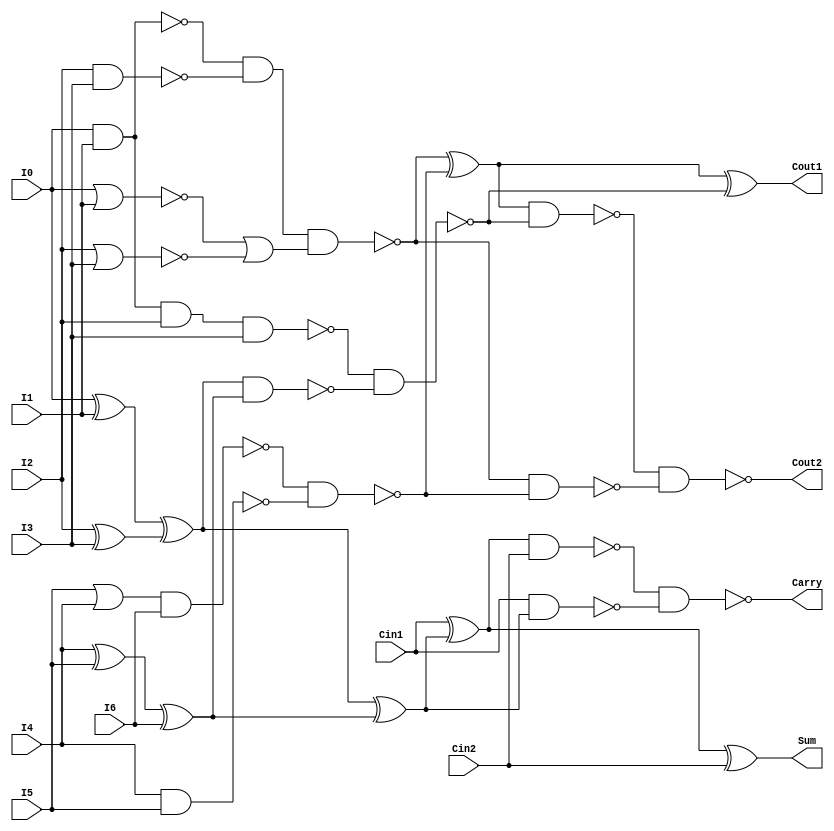
`timescale 1ns / 1ps

module ele7to2(I0, I1, I2, I3, I4, I5, I6, Cin1, Cin2, Cout1, Cout2, Sum, Carry);
    input I0, I1, I2, I3, I4, I5, I6, Cin1, Cin2;
    output Cout1, Cout2, Sum, Carry;
    wire w1, w2, w3, w4, w5, w6, w7, w8, w9, w10, w11, w12, w13, w14, w15, w16, w17, w18, w19, w20, PA, PB, S, A, B, C, D;
    
    assign w1 = I0^I1;                  //1
    assign w2 = I2^I3;                  //2
    assign PA = w1^w2;                  //3
    assign w3 = I4^I5;                  //4
    assign PB = w3^I6;                  //5
    assign S = PA^PB;                   //6
    assign w4 = Cin1^S;                 //7
    assign Sum = w4^Cin2;               //8  
    
    assign w5 = Cin1^S;                 //9
    assign w6 = ~(w5&Cin2);             //10
    assign w7 = ~(Cin1&S);              //11
    assign Carry = ~(w6&w7);            //12
    
    assign w15 = ~(I0&I1);              //13
    assign w16 = ~(I2&I3);              //14
    assign w19 = w15&w16;               //15
    assign w17 = ~(I0|I1);              //16
    assign w18 = ~(I2|I3);              //17
    assign w20 = w17|w18;               //18
    assign A = ~(w19&w20);              //19
    
    assign w10 = ~(I0&I1&I2&I3);        //20
    assign w11 = ~(PA&PB);              //21
    assign C = ~(w10&w11);              //22
    
    assign w12 = I5|I4;                 //23
    assign w13 = ~(w12&I6);             //24
    assign w14 = ~(I4&I5);              //25
    assign B = ~(w13&w14);              //26
    
    assign D = A^B;                     //27
    assign w8 = ~(D&C);                 //28
    assign w9 = ~(A&B);                 //29
    assign Cout2 = ~(w8&w9);            //30
    
    assign Cout1 = D^C;                 //31
        
endmodule



module compressor7to2(input [23:0]P0, input [23:0]P1, input [23:0]P2, input [23:0]P3, input [23:0]P4, input [23:0]P5, input [23:0]P6,
                      output [23:0]carry, output [23:0]sum);
    
    wire gnd;
    wire [23:0]Cout1, Cout2;
    
    assign gndd = 1'b0;
    
    ele7to2 u0(P0[0], P1[0], P2[0], P3[0], P4[0], P5[0], P6[0], gndd, gndd, Cout1[0], Cout2[0], sum[0], carry[0]);
    ele7to2 u1(P0[1], P1[1], P2[1], P3[1], P4[1], P5[1], P6[1], gndd, Cout1[0], Cout1[1], Cout2[1], sum[1], carry[1]);
    ele7to2 u2(P0[2], P1[2], P2[2], P3[2], P4[2], P5[2], P6[2], Cout2[0], Cout1[1], Cout1[2], Cout2[2], sum[2], carry[2]);
    ele7to2 u3(P0[3], P1[3], P2[3], P3[3], P4[3], P5[3], P6[3], Cout2[1], Cout1[2], Cout1[3], Cout2[3], sum[3], carry[3]);
    ele7to2 u4(P0[4], P1[4], P2[4], P3[4], P4[4], P5[4], P6[4], Cout2[2], Cout1[3], Cout1[4], Cout2[4], sum[4], carry[4]);
    ele7to2 u5(P0[5], P1[5], P2[5], P3[5], P4[5], P5[5], P6[5], Cout2[3], Cout1[4], Cout1[5], Cout2[5], sum[5], carry[5]);
    ele7to2 u6(P0[6], P1[6], P2[6], P3[6], P4[6], P5[6], P6[6], Cout2[4], Cout1[5], Cout1[6], Cout2[6], sum[6], carry[6]);
    ele7to2 u7(P0[7], P1[7], P2[7], P3[7], P4[7], P5[7], P6[7], Cout2[5], Cout1[6], Cout1[7], Cout2[7], sum[7], carry[7]);
    ele7to2 u8(P0[8], P1[8], P2[8], P3[8], P4[8], P5[8], P6[8], Cout2[6], Cout1[7], Cout1[8], Cout2[8], sum[8], carry[8]);
    ele7to2 u9(P0[9], P1[9], P2[9], P3[9], P4[9], P5[9], P6[9], Cout2[7], Cout1[8], Cout1[9], Cout2[9], sum[9], carry[9]);
    ele7to2 u10(P0[10], P1[10], P2[10], P3[10], P4[10], P5[10], P6[10], Cout2[8], Cout1[9], Cout1[10], Cout2[10], sum[10], carry[10]);
    ele7to2 u11(P0[11], P1[11], P2[11], P3[11], P4[11], P5[11], P6[11], Cout2[9], Cout1[10], Cout1[11], Cout2[11], sum[11], carry[11]);
    ele7to2 u12(P0[12], P1[12], P2[12], P3[12], P4[12], P5[12], P6[12], Cout2[10], Cout1[11], Cout1[12], Cout2[12], sum[12], carry[12]);
    ele7to2 u13(P0[13], P1[13], P2[13], P3[13], P4[13], P5[13], P6[13], Cout2[11], Cout1[12], Cout1[13], Cout2[13], sum[13], carry[13]);
    ele7to2 u14(P0[14], P1[14], P2[14], P3[14], P4[14], P5[14], P6[14], Cout2[12], Cout1[13], Cout1[14], Cout2[14], sum[14], carry[14]);
    ele7to2 u15(P0[15], P1[15], P2[15], P3[15], P4[15], P5[15], P6[15], Cout2[13], Cout1[14], Cout1[15], Cout2[15], sum[15], carry[15]);
    ele7to2 u16(P0[16], P1[16], P2[16], P3[16], P4[16], P5[16], P6[16], Cout2[14], Cout1[15], Cout1[16], Cout2[16], sum[16], carry[16]);
    ele7to2 u17(P0[17], P1[17], P2[17], P3[17], P4[17], P5[17], P6[17], Cout2[15], Cout1[16], Cout1[17], Cout2[17], sum[17], carry[17]);
    ele7to2 u18(P0[18], P1[18], P2[18], P3[18], P4[18], P5[18], P6[18], Cout2[16], Cout1[17], Cout1[18], Cout2[18], sum[18], carry[18]);
    ele7to2 u19(P0[19], P1[19], P2[19], P3[19], P4[19], P5[19], P6[19], Cout2[17], Cout1[18], Cout1[19], Cout2[19], sum[19], carry[19]);
    ele7to2 u20(P0[20], P1[20], P2[20], P3[20], P4[20], P5[20], P6[20], Cout2[18], Cout1[19], Cout1[20], Cout2[20], sum[20], carry[20]);
    ele7to2 u21(P0[21], P1[21], P2[21], P3[21], P4[21], P5[21], P6[21], Cout2[19], Cout1[20], Cout1[21], Cout2[21], sum[21], carry[21]);
    ele7to2 u22(P0[22], P1[22], P2[22], P3[22], P4[22], P5[22], P6[22], Cout2[20], Cout1[21], Cout1[22], Cout2[22], sum[22], carry[22]);
    ele7to2 u23(P0[23], P1[23], P2[23], P3[23], P4[23], P5[23], P6[23], Cout2[21], Cout1[22], Cout1[23], Cout2[23], sum[23], carry[23]);
    
endmodule